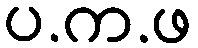
ပ.က.ဖ